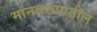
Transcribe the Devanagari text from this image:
मानवरूपातील